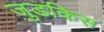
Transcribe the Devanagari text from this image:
जुडकिस